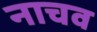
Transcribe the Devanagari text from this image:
नाचव